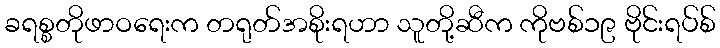
ခရစ္စတိုဖာဝရေးက တရုတ်အစိုးရဟာ သူတို့ဆီက ကိုဗစ်၁၉ ဗိုင်းရပ်စ်